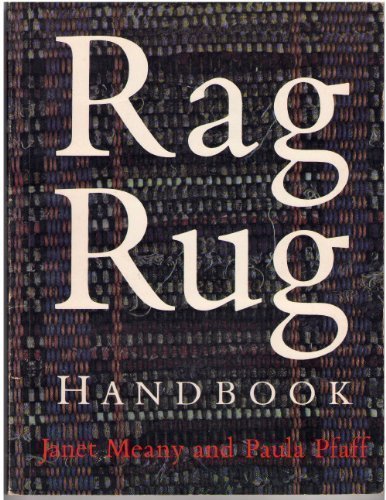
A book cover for Rag Rug Handbook; Janet Meany; Crafts, Hobbies & Home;